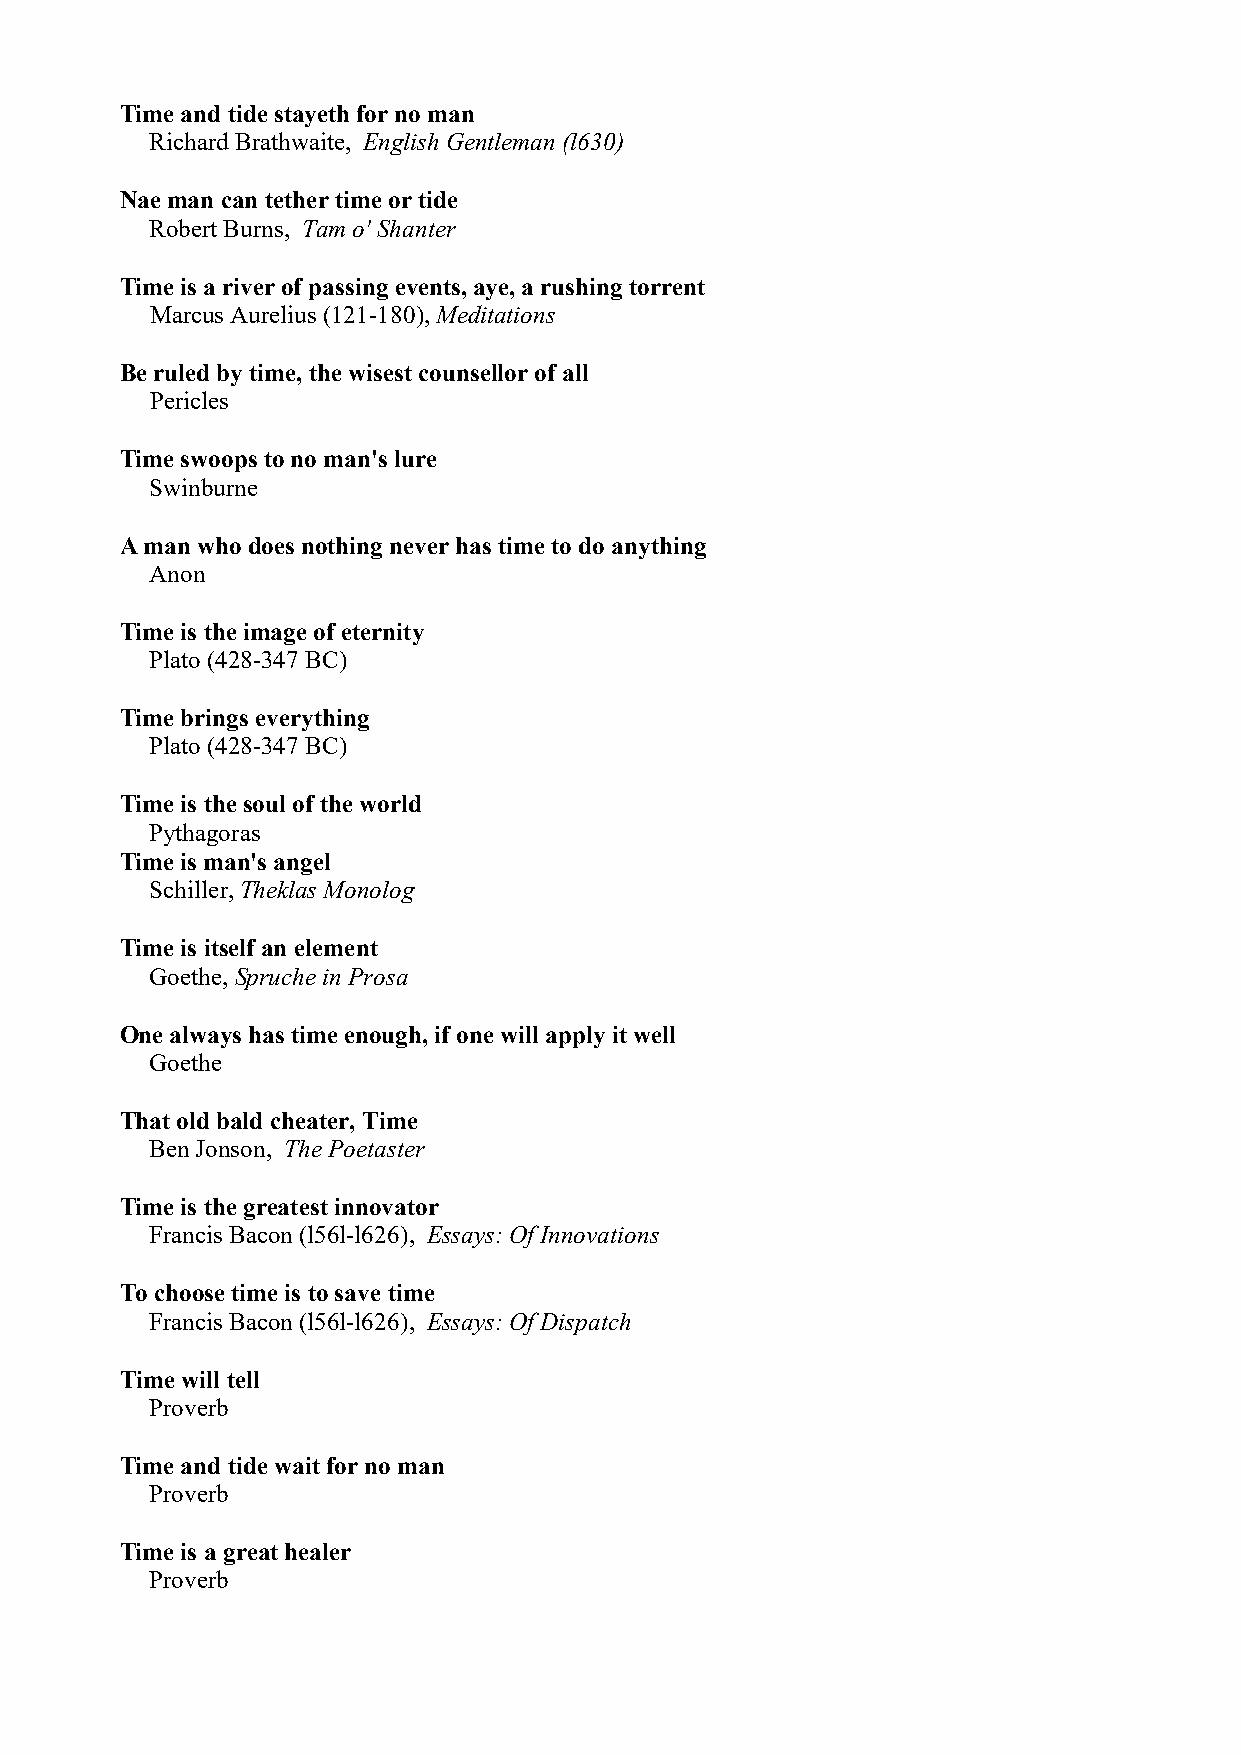
Time and tide stayeth for no man
 Richard Brathwaite, English Gentleman (l630)
 Nae man can tether time or tide
 Robert Burns, Tam o' Shanter
 Time is a river of passing events, aye, a rushing torrent
 Marcus Aurelius (121-180), Meditations
 Be ruled by time, the wisest counsellor of all
 Pericles
 Time swoops to no man's lure
 Swinburne
 A man who does nothing never has time to do anything
 Anon
 Time is the image of eternity
 Plato (428-347 BC)
 Time brings everything
 Plato (428-347 BC)
 Time is the soul of the world
 Pythagoras
 Time is man's angel
 Schiller, Theklas Monolog
 Time is itself an element
 Goethe, Spruche in Prosa
 One always has time enough, if one will apply it well
 Goethe
 That old bald cheater, Time
 Ben Jonson, The Poetaster
 Time is the greatest innovator
 Francis Bacon (l56l-l626), Essays: Of Innovations
 To choose time is to save time
 Francis Bacon (l56l-l626), Essays: Of Dispatch
 Time will tell
 Proverb
 Time and tide wait for no man
 Proverb
 Time is a great healer
 Proverb